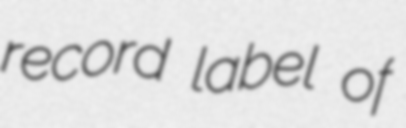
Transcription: record label of